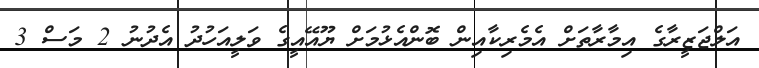
އަލްޖަޒީރާގެ އިމާރާތަށް އެމެރިކާއިން ބޮންއެޅުމަށް ޔޫއޭއީގެ ވަލީއަހުދު އެދުނު 2 މަސް 3